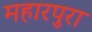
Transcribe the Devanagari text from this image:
महारपुरा